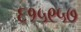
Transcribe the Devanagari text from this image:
६१५९५७